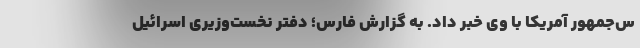
س‌جمهور آمریکا با وی خبر داد. به گزارش فارس؛ دفتر نخست‌وزیری اسرائیل